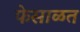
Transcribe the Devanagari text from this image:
फेसाळत